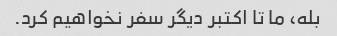
بله، ما تا اکتبر دیگر سفر نخواهیم کرد.